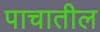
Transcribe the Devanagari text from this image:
पाचातील